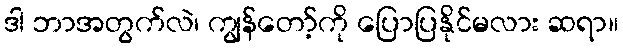
ဒါ ဘာအတွက်လဲ၊ ကျွန်တော့်ကို ပြောပြနိုင်မလား ဆရာ။